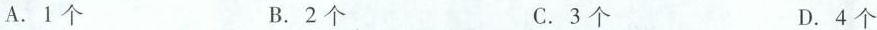
A. 1个 B. 2个 C. 3个 D. 4个